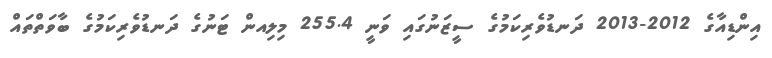
އިންޑިއާގެ 2012-2013 ދަނޑުވެރިކަމުގެ ސީޒަނުގައި ވަނީ 255.4 މިލިއން ޓަނުގެ ދަނޑުވެރިކަމުގެ ބާވަތްތައް